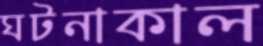
ঘটনাকাল